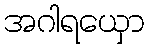
အဂါရယှော